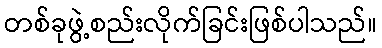
တစ်ခုဖွဲ့စည်းလိုက်ခြင်းဖြစ်ပါသည်။